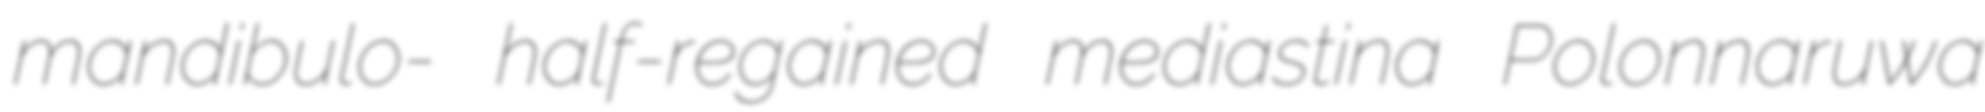
mandibulo- half-regained mediastina Polonnaruwa